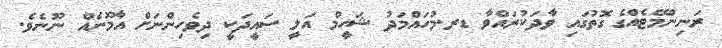
ރަނިންމޭޓެއްގެ ގޮތުގައި ވާދަކުރައްވާ ޑރ.މުހައްމަދު ޝަހީމް އަލީ ސައީދަކީ ދިވެހިންނަށް އާމޫނެއް ނޫނެވެ.